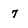
Character: 7